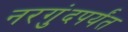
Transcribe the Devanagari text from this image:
नरगुंदपर्यंत